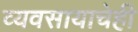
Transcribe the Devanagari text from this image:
व्यवसायाचेही